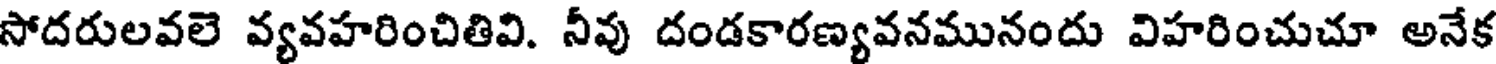
సోదరులవలె వ్యవహరించితివి. నీవు దండకారణ్యవనమునందు విహరించుచూ అనేక